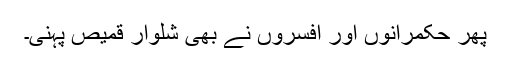
پھر حکمرانوں اور افسروں نے بھی شلوار قمیص پہنی۔